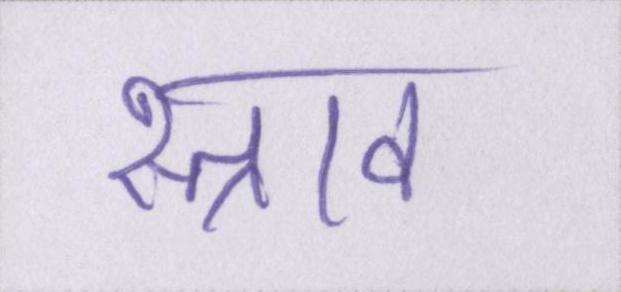
स्त्राव